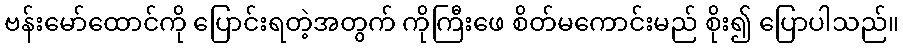
ဗန်းမော်ထောင်ကို ပြောင်းရတဲ့အတွက် ကိုကြီးဖေ စိတ်မကောင်းမည် စိုး၍ ပြောပါသည်။